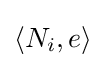
\left\langle N_{i},e\right\rangle